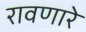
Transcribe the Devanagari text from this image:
रावणारे